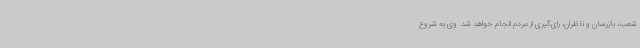
شعب، بازرسان و ناظران، رای‌گیری از مردم انجام خواهد شد. وی به شروع